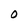
Character: O